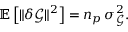
\mathbb { E } \left[ \lVert \delta \boldsymbol { \mathcal { G } } \rVert ^ { 2 } \right] = n _ { p } \, \sigma _ { \mathcal { G } } ^ { 2 } .